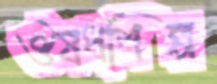
ঔষধশিল্প